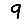
Digit: 9